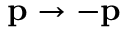
\mathbf { p } \rightarrow \mathbf { - p }